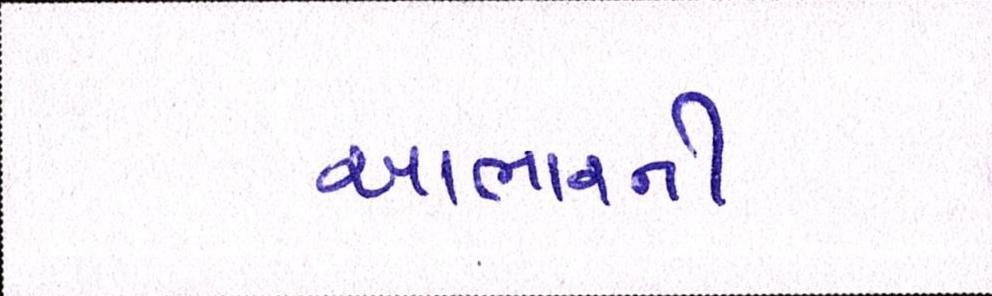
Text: આભારની